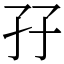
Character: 孖